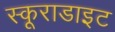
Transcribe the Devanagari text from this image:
स्कूराडाइट